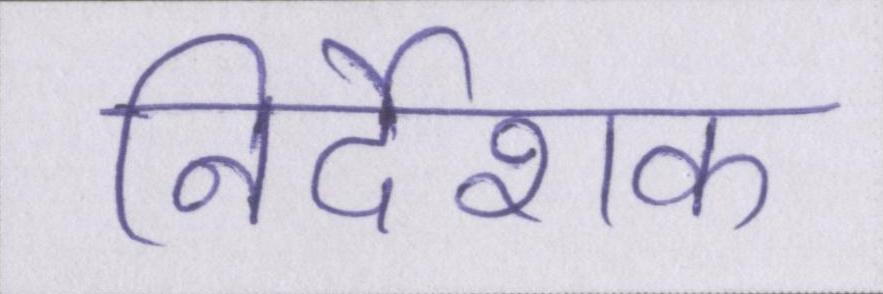
निर्देशक